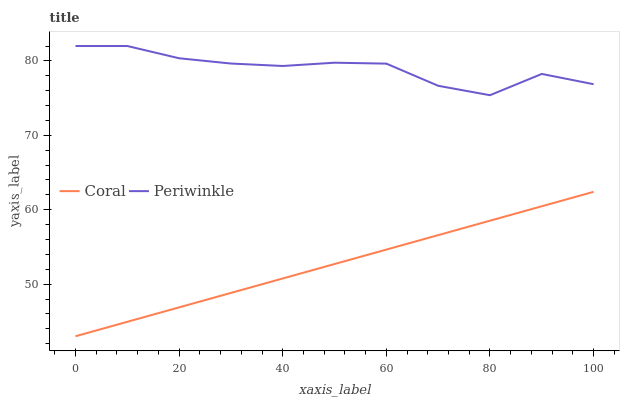
| xaxis_label | Coral | Periwinkle |
 | --- | --- | --- |
 | 0 | 43 | 82 |
 | 10 | 44.9 | 82 |
 | 20 | 46.9 | 80.4 |
 | 30 | 48.8 | 79.6 |
 | 40 | 50.8 | 79.3 |
 | 50 | 52.7 | 79.8 |
 | 60 | 54.6 | 79.6 |
 | 70 | 56.6 | 76.7 |
 | 80 | 58.5 | 75.4 |
 | 90 | 60.5 | 78.2 |
 | 100 | 62.4 | 76.9 |